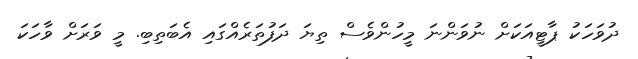
ދުވަހަކު ޕާޓީއަކަށް ނުވަންނަ މީހުންވެސް ތިޔަ ދަފުތަރެއްގައި އެބަތިބި. މީ ވަރަށް ވާހަކަ